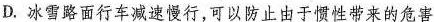
D.冰雪路面行车减速慢行，可以防止由于惯性带来的危害